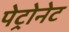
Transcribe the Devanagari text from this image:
पेट्रोनेट